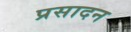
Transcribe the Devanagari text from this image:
प्रसादन